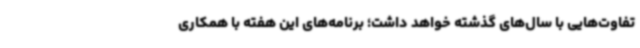
تفاوت‌هایی با سال‌های گذشته خواهد داشت؛ برنامه‌های این هفته با همکاری